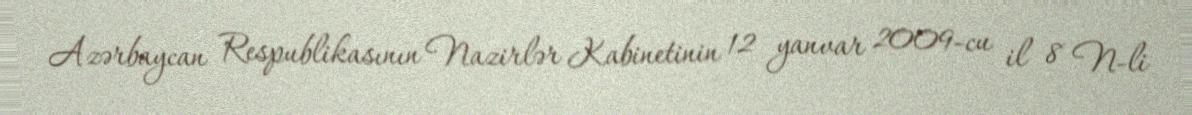
Azərbaycan Respublikasının Nazirlər Kabinetinin 12 yanvar 2009-cu il 8 N-li